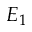
E _ { 1 }